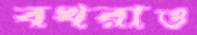
বখরাও